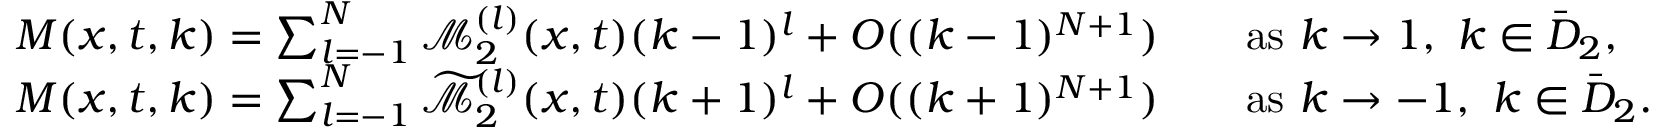
\begin{array} { r l } & { M ( x , t , k ) = \sum _ { l = - 1 } ^ { N } \mathcal { M } _ { 2 } ^ { ( l ) } ( x , t ) ( k - 1 ) ^ { l } + O ( ( k - 1 ) ^ { N + 1 } ) \qquad \mathrm { a s } \ k \to 1 , \ k \in \bar { D } _ { 2 } , } \\ & { M ( x , t , k ) = \sum _ { l = - 1 } ^ { N } \widetilde { \mathcal { M } } _ { 2 } ^ { ( l ) } ( x , t ) ( k + 1 ) ^ { l } + O ( ( k + 1 ) ^ { N + 1 } ) \qquad \mathrm { a s } \ k \to - 1 , \ k \in \bar { D } _ { 2 } . } \end{array}